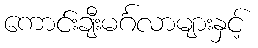
ကောင်းချီးမင်္ဂလာများနှင့်